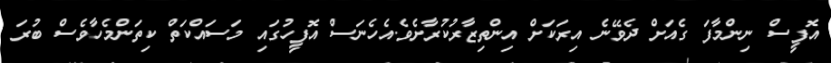
އޮފީސް ނިންމާފަ ގެއަށް ދެވޭނެ އިރަކަށް އިންތިޒާރުކުރާށެވެ.އެހެނަސް އޮފީހުގައި މަސައްކަތް ކިތަންމެހާވެސް ބުރަ